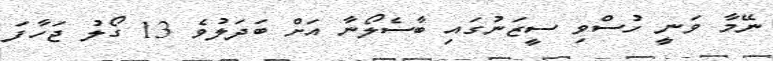
ނޭމާ ވަނީ ހުސްވި ސީޒަނުގައި ބާސެލޯނާ އަށް ބަދަލުވެ 13 ގޯލު ޖަހާފަ